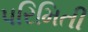
પરિમિતી